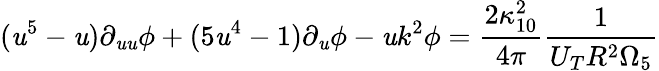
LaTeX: (\mathit{u}^{5}-\mathit{u})\partial_{\mathit{u}\mathit{u}}\phi+(5\mathit{u}^{4}-1)\partial_{\mathit{u}}\phi-\mathit{u}k^{2}\phi=\frac{{2\kappa_{10}^{2}}}{{4\pi}}\frac{{1}}{{U_{T}R^{2}\Omega_{5}}}